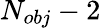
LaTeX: N_{obj}-2